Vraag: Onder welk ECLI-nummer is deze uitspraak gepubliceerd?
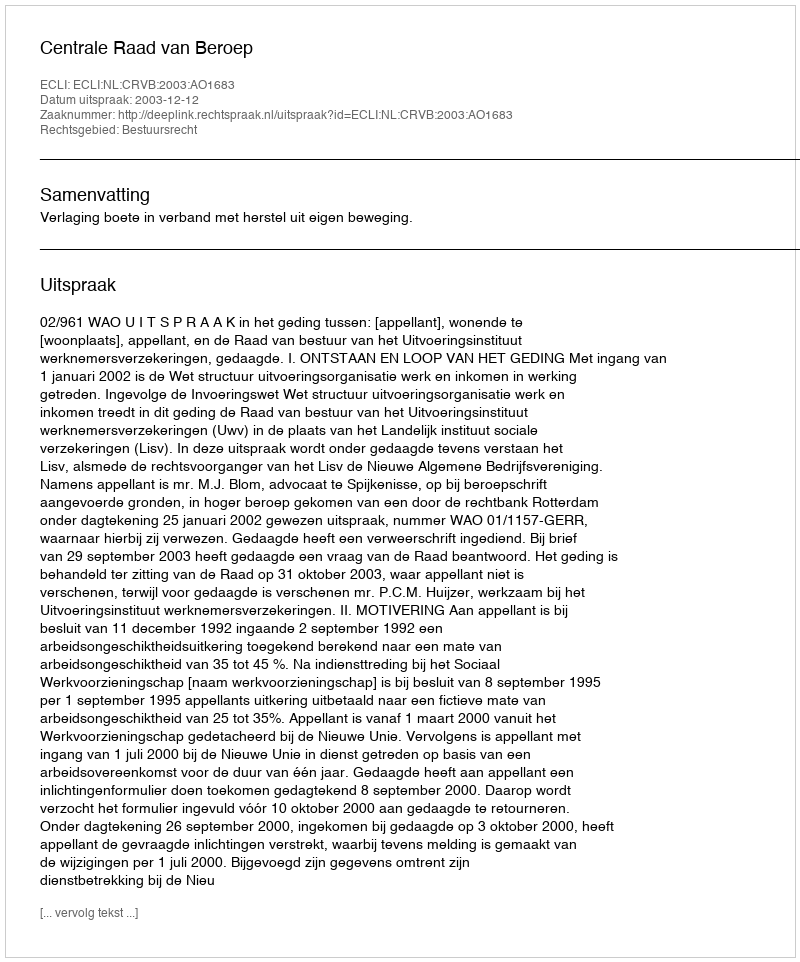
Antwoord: ECLI:NL:CRVB:2003:AO1683